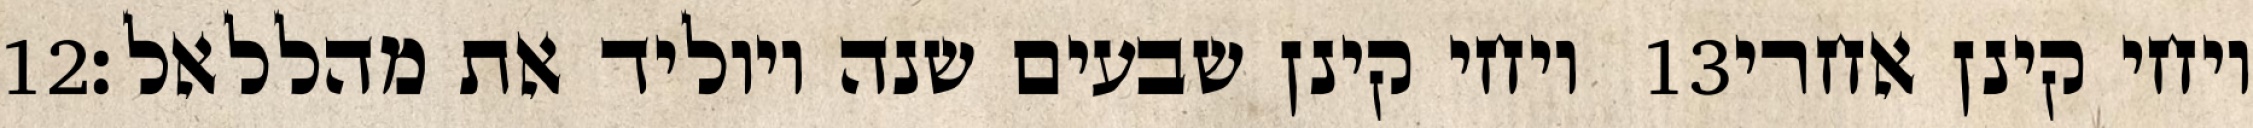
‎12‏ ויחי קינן שבעים שנה ויוליד את מהללאל׃ ‎13‏ ויחי קינן אחרי